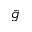
\bar { g }